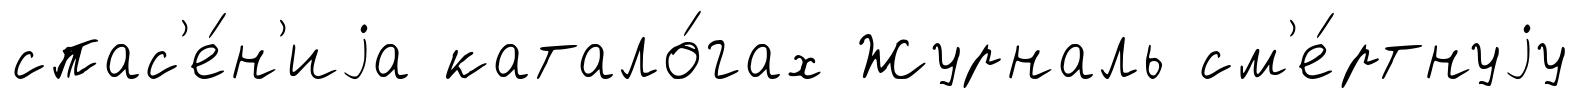
спас'е́н'иjа катало́гах Журналь см'е́ртнуjу